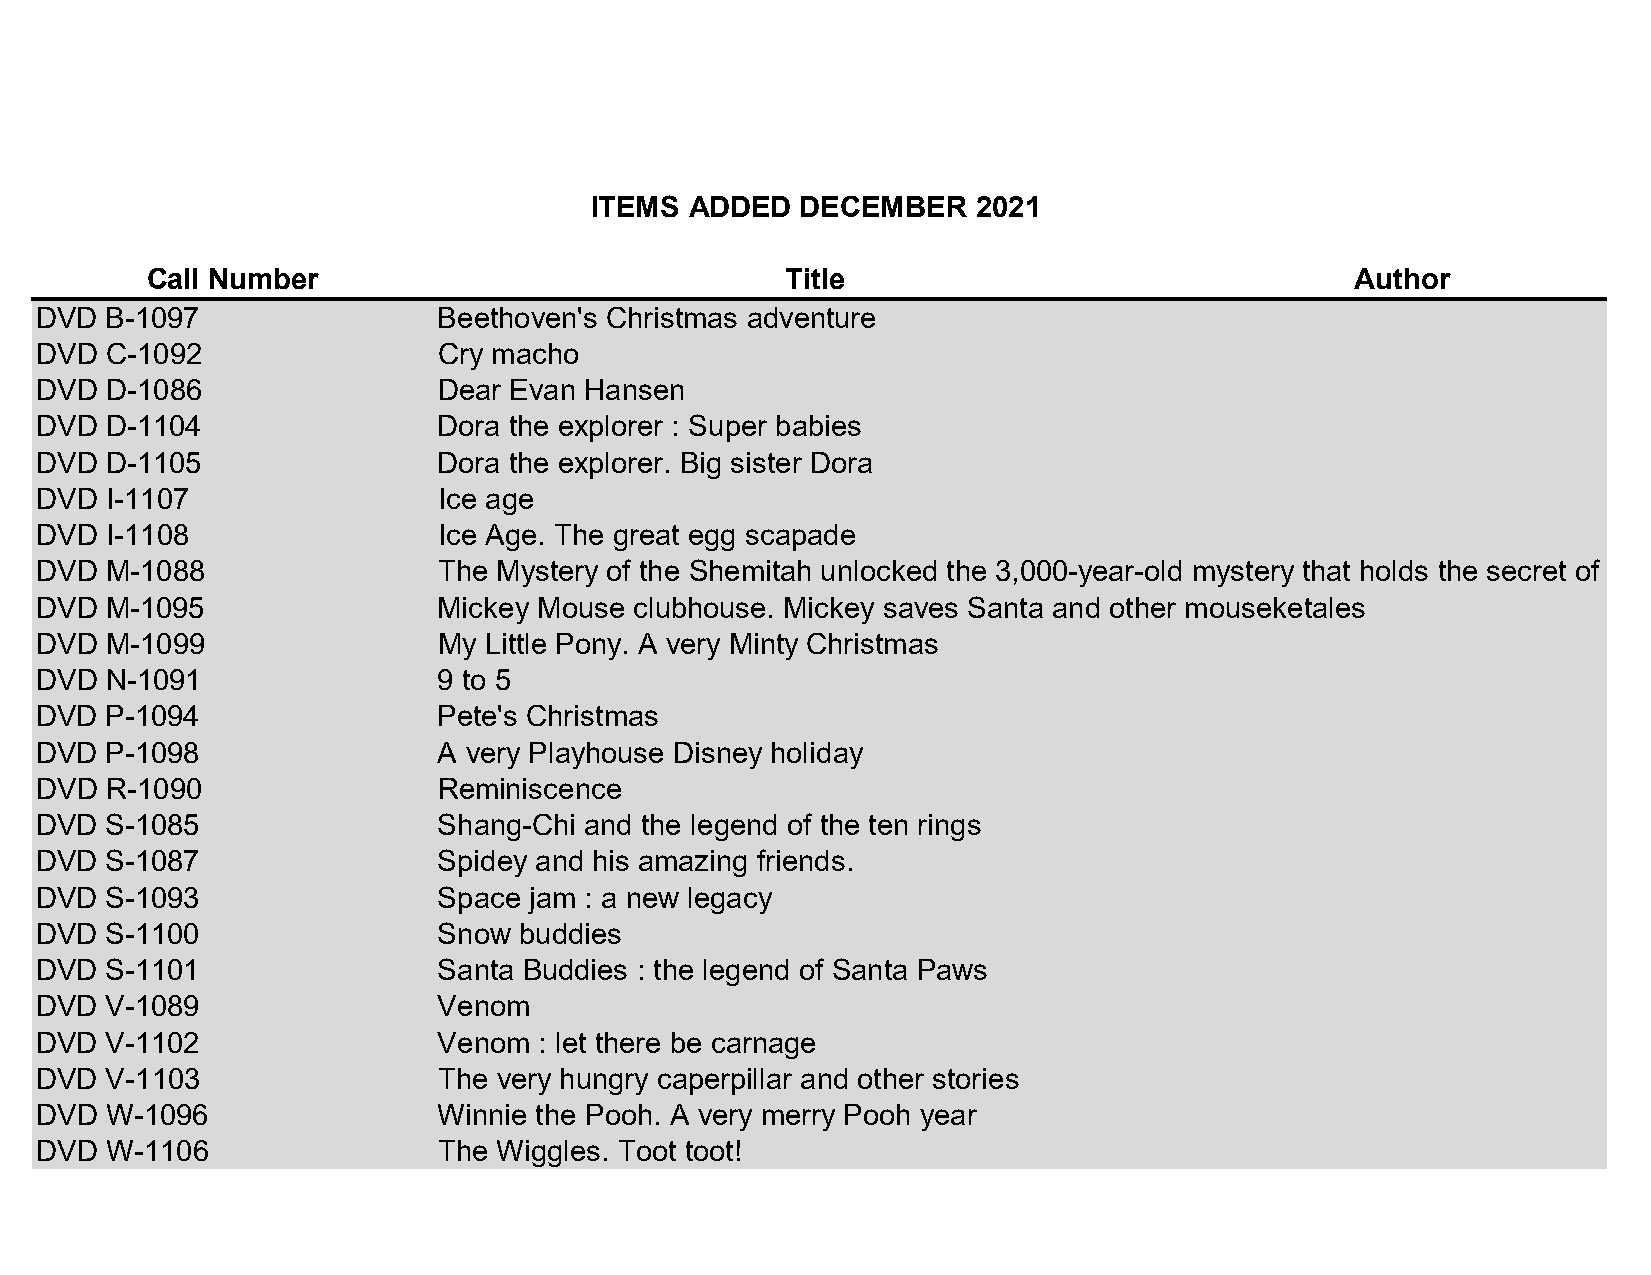
ITEMS  ADDED  DECEMBER    2021
 Call Number                               Title                                 Author
 DVD  B-1097                Beethoven's Christmas adventure
 DVD  C-1092                Cry macho
 DVD  D-1086                Dear Evan Hansen
 DVD  D-1104                Dora the explorer : Super babies
 DVD  D-1105                Dora the explorer. Big sister Dora
 DVD  I-1107                Ice age
 DVD  I-1108                Ice Age. The great egg scapade
 DVD  M-1088                The Mystery of the Shemitah unlocked the 3,000-year-old mystery that holds the secret of America's future, the world's future, and your future!
 DVD  M-1095                Mickey Mouse clubhouse. Mickey saves Santa and other mouseketales
 DVD  M-1099                My Little Pony. A very Minty Christmas
 DVD  N-1091                9 to 5
 DVD  P-1094                Pete's Christmas
 DVD  P-1098                A very Playhouse Disney holiday
 DVD  R-1090                Reminiscence
 DVD  S-1085                Shang-Chi and the legend of the ten rings
 DVD  S-1087                Spidey and his amazing friends.
 DVD  S-1093                Space jam : a new legacy
 DVD  S-1100                Snow buddies
 DVD  S-1101                Santa Buddies : the legend of Santa Paws
 DVD  V-1089                Venom
 DVD  V-1102                Venom  : let there be carnage
 DVD  V-1103                The very hungry caperpillar and other stories
 DVD  W-1096                Winnie the Pooh. A very merry Pooh year
 DVD  W-1106                The Wiggles. Toot toot!